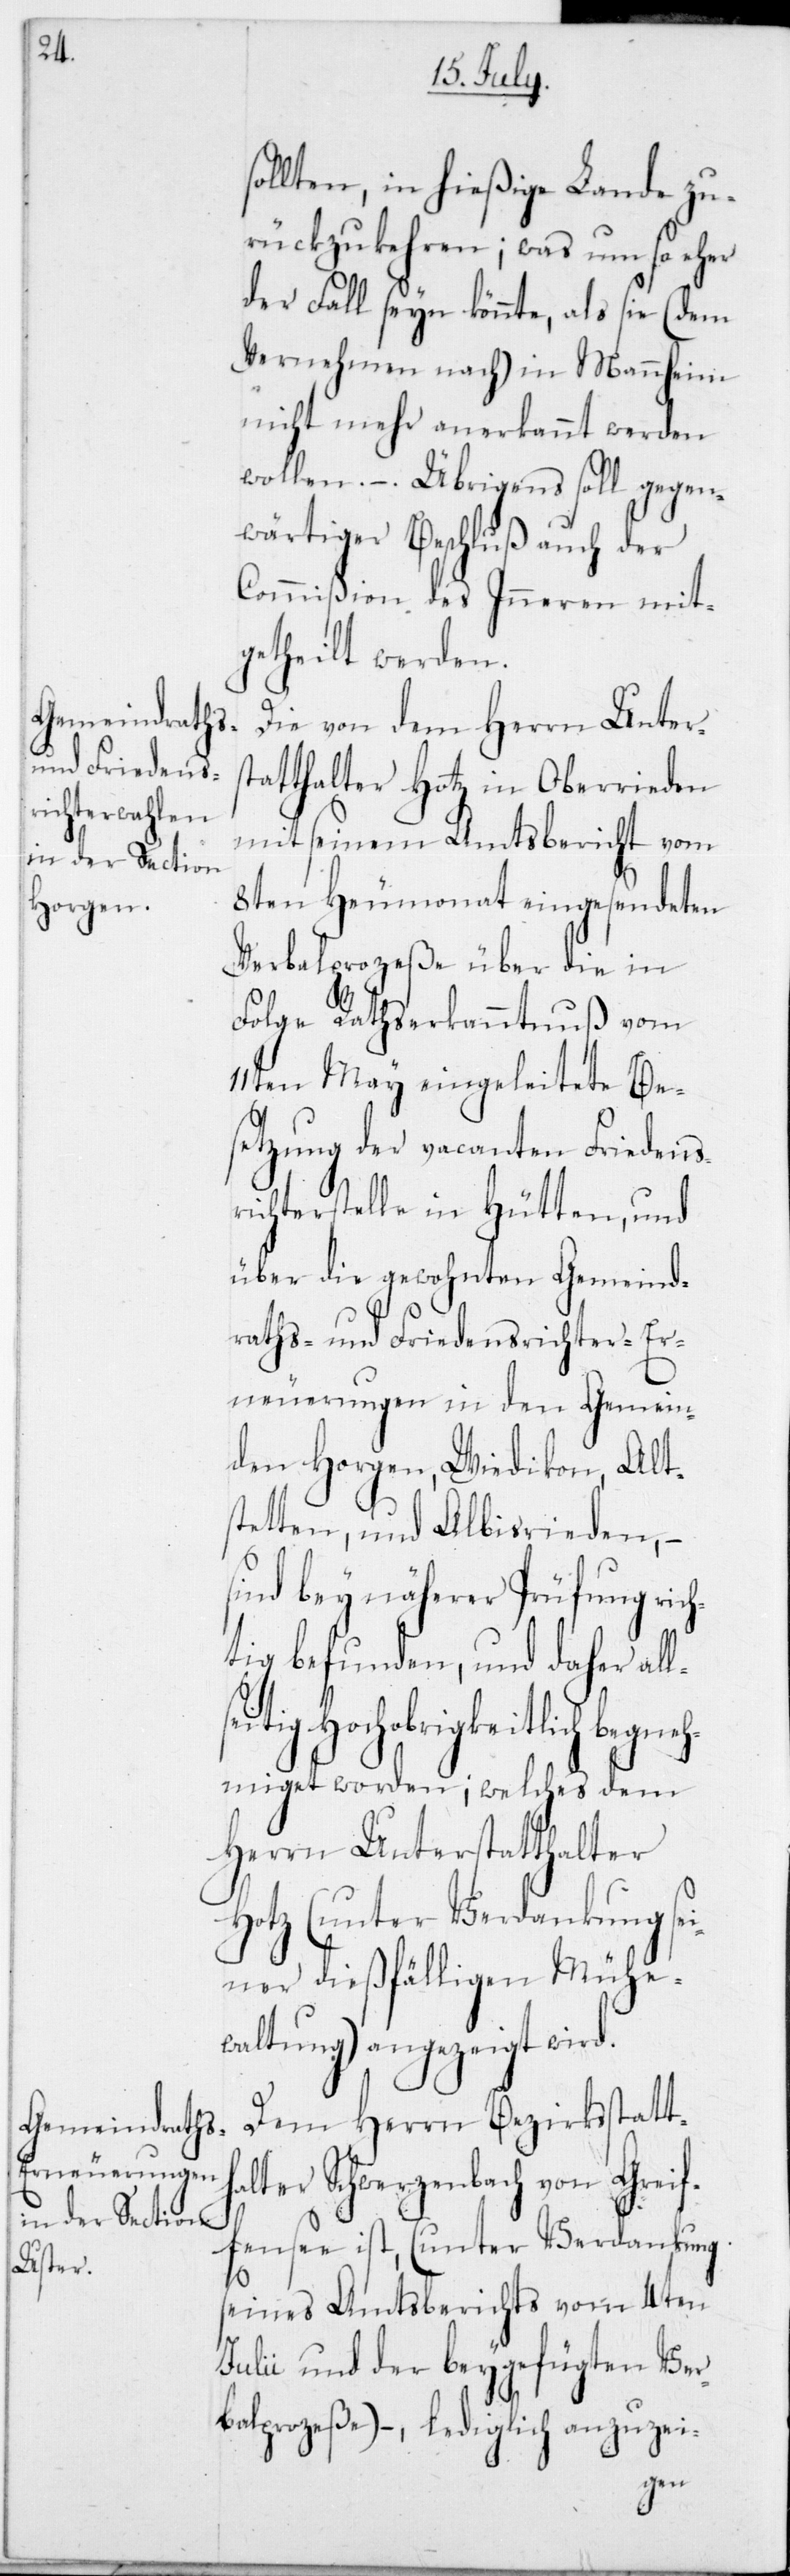
sollten, in hießige Lande zu¬
rückzukehren; was um so eher
der Fall seyn könnte, als sie (dem
Vernehmen nach) in Mannheim
nicht mehr anerkannt werden
wollen. – Übrigens soll gegen¬
wärtiger Beschluß auch der
Commißion des Inneren mit¬
getheilt werden.
Die von dem Herrn Unter¬
statthalter Hotz in Oberrieden
mit seinem Amtsbericht vom
8ten Heumonat eingesendeten
Verbalprozeße über die in
Folge Rathserkanntnuß vom
11ten May eingeleitete Be¬
setzung der vacanten Friedens¬
richterstelle in Hütten, und
über die gewohnten Gemeind¬
raths- und Friedensrichter-Er¬
neuerungen in den Gemein¬
den Horgen, Wiedikon, Alt¬
stetten und Albisrieden, –
sind bey näherer Prüfung ric¬
tig befunden, und daher
ls¬
eitig Hochobrigkeitlich begneh¬
miget worden; welches dem
Herrn Unterstatthalter
Hotz (unter Verdankung se¬
iner dießfälligen Mühe¬
waltung) angezeigt wird.
Dem Herrn Bezirksstatth¬
alter Schwerzenbach von Greif¬
fensee ist, (unter Verdankung
seines Amtsberichts vom 4ten
Julii und der beygefügten Ver¬
balprozeße) – lediglich anzuzei-